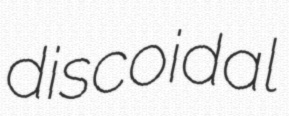
discoidal